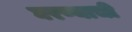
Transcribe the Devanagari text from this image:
घरण्याची